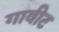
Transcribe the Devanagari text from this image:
गावीट